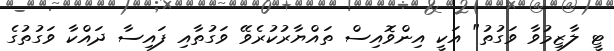
ޓީ ލާޒިމުވާ ވަގުތު" އަކީ އިންވޮއިސް ތައްޔާރުކުރެވޭ ވަގުތާއި ފައިސާ ދައްކާ ވަގުތުގެ